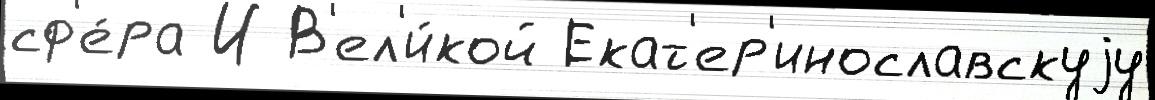
сф'е́ра И В'ел'и́кой Екат'ер'инославскуjу